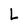
Character: L